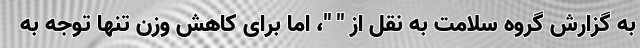
به گزارش گروه سلامت به نقل از " "، اما برای کاهش وزن تنها توجه به